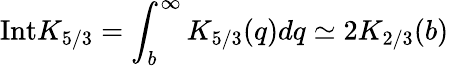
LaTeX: \mathrm{Int}K_{5/3}=\int_{b}^{\infty}K_{5/3}(q)dq\simeq 2K_{2/3}(b)